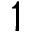
1